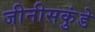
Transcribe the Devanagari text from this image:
जीनीसकुंडे